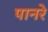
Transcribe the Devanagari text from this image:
पानरे